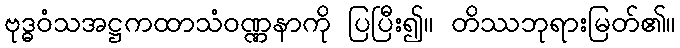
ဗုဒ္ဓဝံသအဋ္ဌကထာသံဝဏ္ဏနာကို ပြပြီး၍။ တိဿဘုရားမြတ်၏။